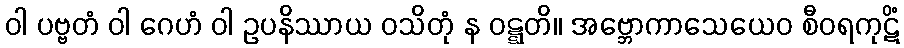
ဝါ ပဗ္ဗတံ ဝါ ဂေဟံ ဝါ ဥပနိဿာယ ဝသိတုံ န ဝဋ္ဋတိ။ အဗ္ဘောကာသေယေဝ စီဝရကုဋိံ